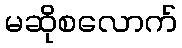
မဆိုစလောက်